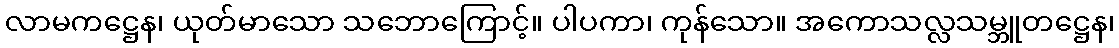
လာမကဋ္ဌေန၊ ယုတ်မာသော သဘောကြောင့်။ ပါပကာ၊ ကုန်သော။ အကောသလ္လသမ္ဘူတဋ္ဌေန၊